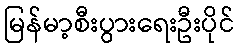
မြန်မာ့စီးပွားရေးဦးပိုင်